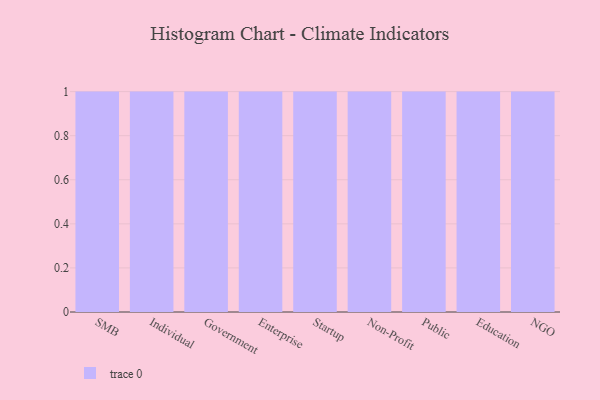
{"axis": {"x": "Segment", "y": "Bounce Rate (%)"}, "legend": [""], "data": [{"x": "SMB", "y": 82, "type": ""}, {"x": "Individual", "y": 39, "type": ""}, {"x": "Government", "y": 4, "type": ""}, {"x": "Enterprise", "y": 93, "type": ""}, {"x": "Startup", "y": 98, "type": ""}, {"x": "Non-Profit", "y": 97, "type": ""}, {"x": "Public", "y": 3, "type": ""}, {"x": "Education", "y": 72, "type": ""}, {"x": "NGO", "y": 52, "type": ""}]}